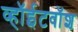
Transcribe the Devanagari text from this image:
व्हॉईटवॉश